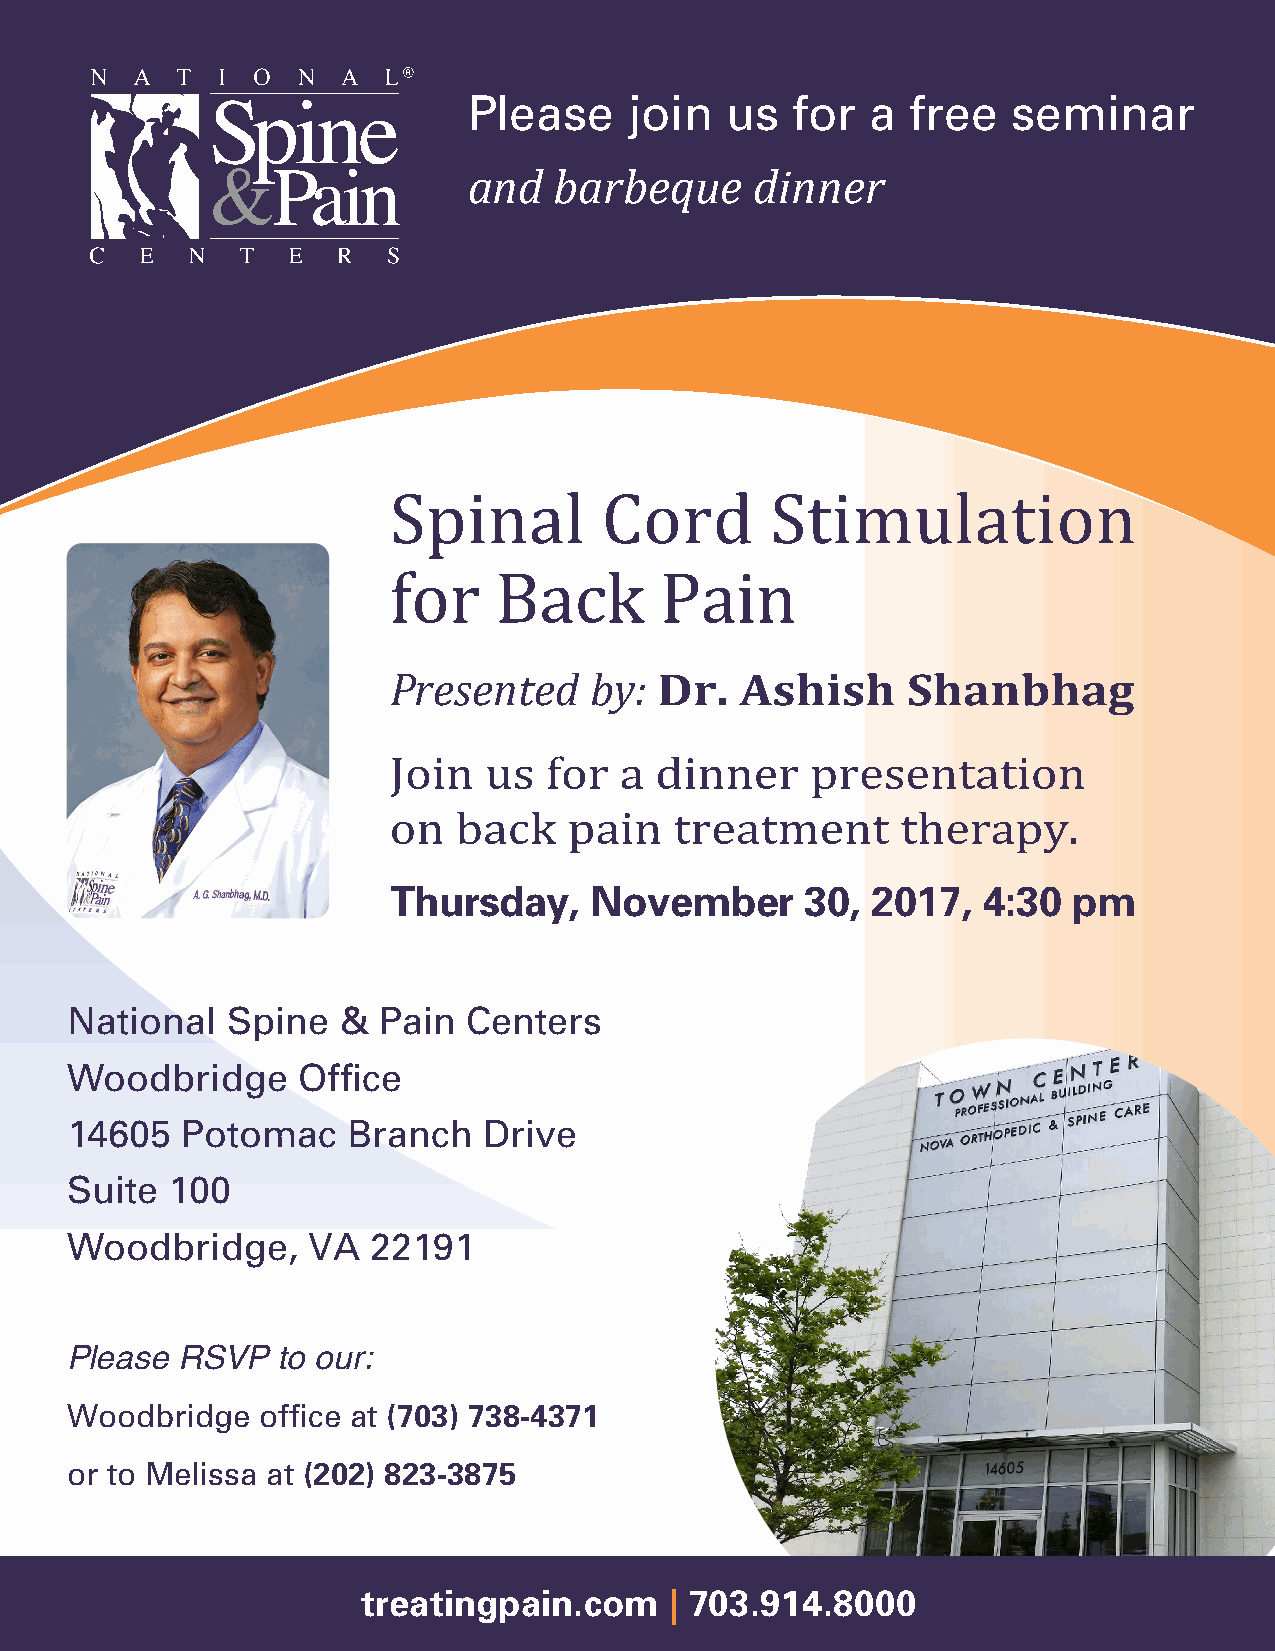
Please     join  us  for   a free   seminar
 and   barbeque     dinner
 Spinal        Cord       Stimulation
 Presented    by:  Dr.  Ashish     Shanbhag
 for    Back       Pain
 Join  us  for  a dinner     presentation
 Thursday,    November      30,  2017,  4:30  pm
 on  back    pain   treatment      therapy.
 National   Spine  &  Pain  Centers
 Woodbridge      Office
 14605   Potomac    Branch   Drive
 Suite  100
 Woodbridge,     VA   22191
 Please  RSVP  to our:
 Woodbridge   office at (703) 738-4371
 or to Melissa at (202) 823-3875
 treatingpain.com    | 703.914.8000